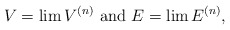
\begin{align*}V=\lim V^{(n)}\mbox{ and }E=\lim E^{(n)},\end{align*}